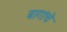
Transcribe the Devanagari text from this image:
बागांचे